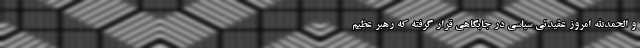
و الحمدالله امروز عقیدتی سیاسی در جایگاهی قرار گرفته که رهبر عظیم